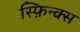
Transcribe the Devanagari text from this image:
स्फ़िन्क्स